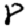
Digit: 8